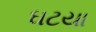
ઘટયા